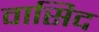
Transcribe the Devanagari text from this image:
वासिद